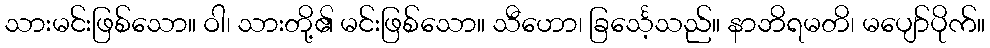
သားမင်းဖြစ်သော။ ဝါ၊ သားတို့၏ မင်းဖြစ်သော။ သီဟော၊ ခြင်္သေ့သည်။ နာဘိရမတိ၊ မပျော်ပိုက်။